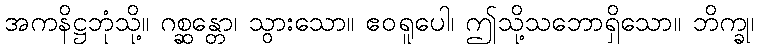
အကနိဋ္ဌဘုံသို့။ ဂစ္ဆန္တော၊ သွားသော။ ဧဝရူပေါ၊ ဤသို့သဘောရှိသော။ ဘိက္ခု၊